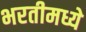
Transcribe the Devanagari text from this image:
भरतीमध्ये